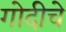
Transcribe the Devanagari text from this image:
गोदीचे